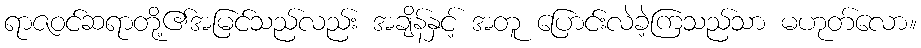
ရာဇဝင်ဆရာတို့၏အမြင်သည်လည်း အချိန်နှင့် အတူ ပြောင်းလဲခဲ့ကြသည်သာ မဟုတ်လော။